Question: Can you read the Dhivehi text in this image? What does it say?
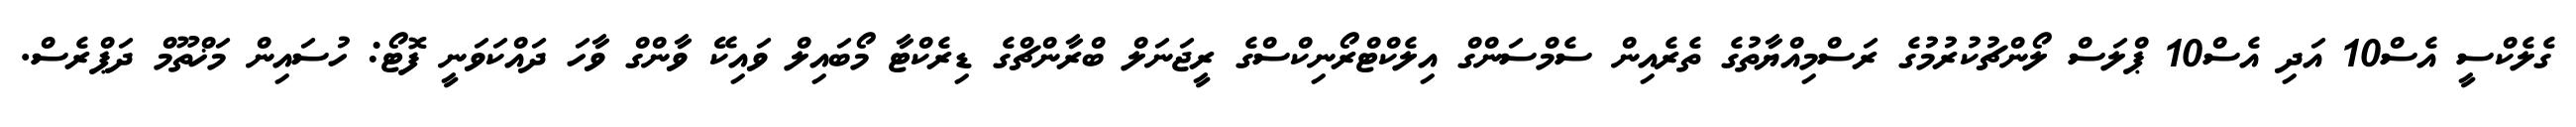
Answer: ގެލެކްސީ އެސް10 އަދި އެސް10 ޕްލަސް ލޯންޗުކުރުމުގެ ރަސްމިއްޔާތުގެ ތެރެއިން ސެމްސަންގް އިލެކްޓްރޯނިކްސްގެ ރީޖަނަލް ބްރާންޗްގެ ޑިރެކްޓާ މޯބައިލް ވައިކޭ ވާންގް ވާހަ ދައްކަވަނީ ފޮޓޯ: ހުސައިން މަޚްތޫމް ދަޕްރެސް.